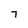
Character: 7